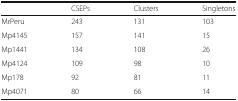
|  | CSEPs | Clusters | Singletons |
 | --- | --- | --- | --- |
 | MrPeru | 243 | 131 | 103 |
 | Mp4145 | 157 | 141 | 15 |
 | Mp1441 | 134 | 108 | 26 |
 | Mp4124 | 109 | 98 | 10 |
 | Mp178 | 92 | 81 | 11 |
 | Mp4071 | 80 | 66 | 14 |